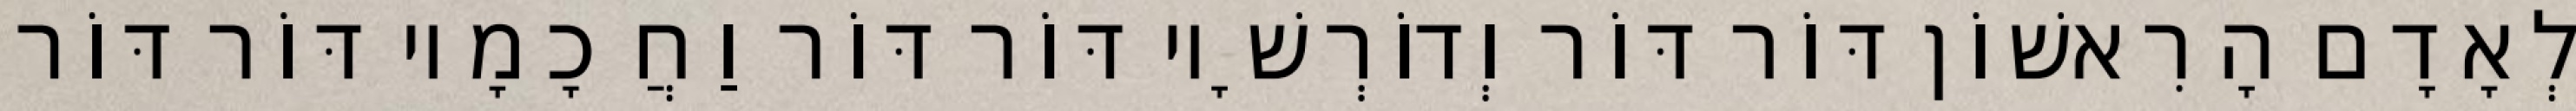
לְאָדָם הָרִאשׁוֹן דּוֹר דּוֹר וְדוֹרְשָׁיו דּוֹר דּוֹר וַחֲכָמָיו דּוֹר דּוֹר